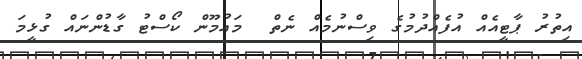
އިތުރު ޕާޓީއެއް އުފެއްދުމުގެ ވިސްނުމެއް ނެތް  މައުމޫން ކޯސްޓު ގާޑުންނައް ގުޅީމަ